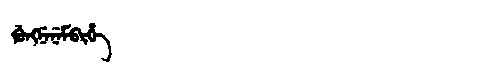
Manchu: ᡤᡠᠩᠨᡝᠨᡝᠮᠪᡳᡥᡝ
Romanization: GUNGNENEMBIHE